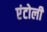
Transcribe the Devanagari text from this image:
एंटोली